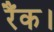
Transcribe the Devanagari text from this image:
रैंक।